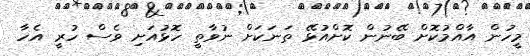
މީހުން އާއްމުކޮށް ބޭނުން ކޮށްއުޅޭ ތަނަކަށް ނުވާތީ ހޮޅުއަށި ވެސް ހުރީ އެހާ